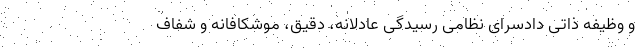
و وظیفه ذاتی دادسرای نظامی رسیدگی عادلانه، دقیق، موشکافانه و شفاف